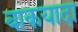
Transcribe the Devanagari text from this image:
बाकयादा